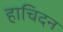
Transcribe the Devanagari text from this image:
हाचिदन